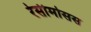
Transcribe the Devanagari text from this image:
रेसीमोसस